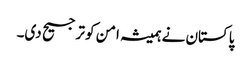
پاکستان نے ہمیشہ امن کو ترجیح دی۔